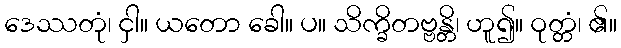
ဒေဿတုံ၊ ငှါ။ ယတော ခေါ။ ပ။ သိက္ခိတဗ္ဗန္တိ၊ ဟူ၍။ ဝုတ္တံ၊ ၏။